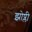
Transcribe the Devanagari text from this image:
झोप्ली